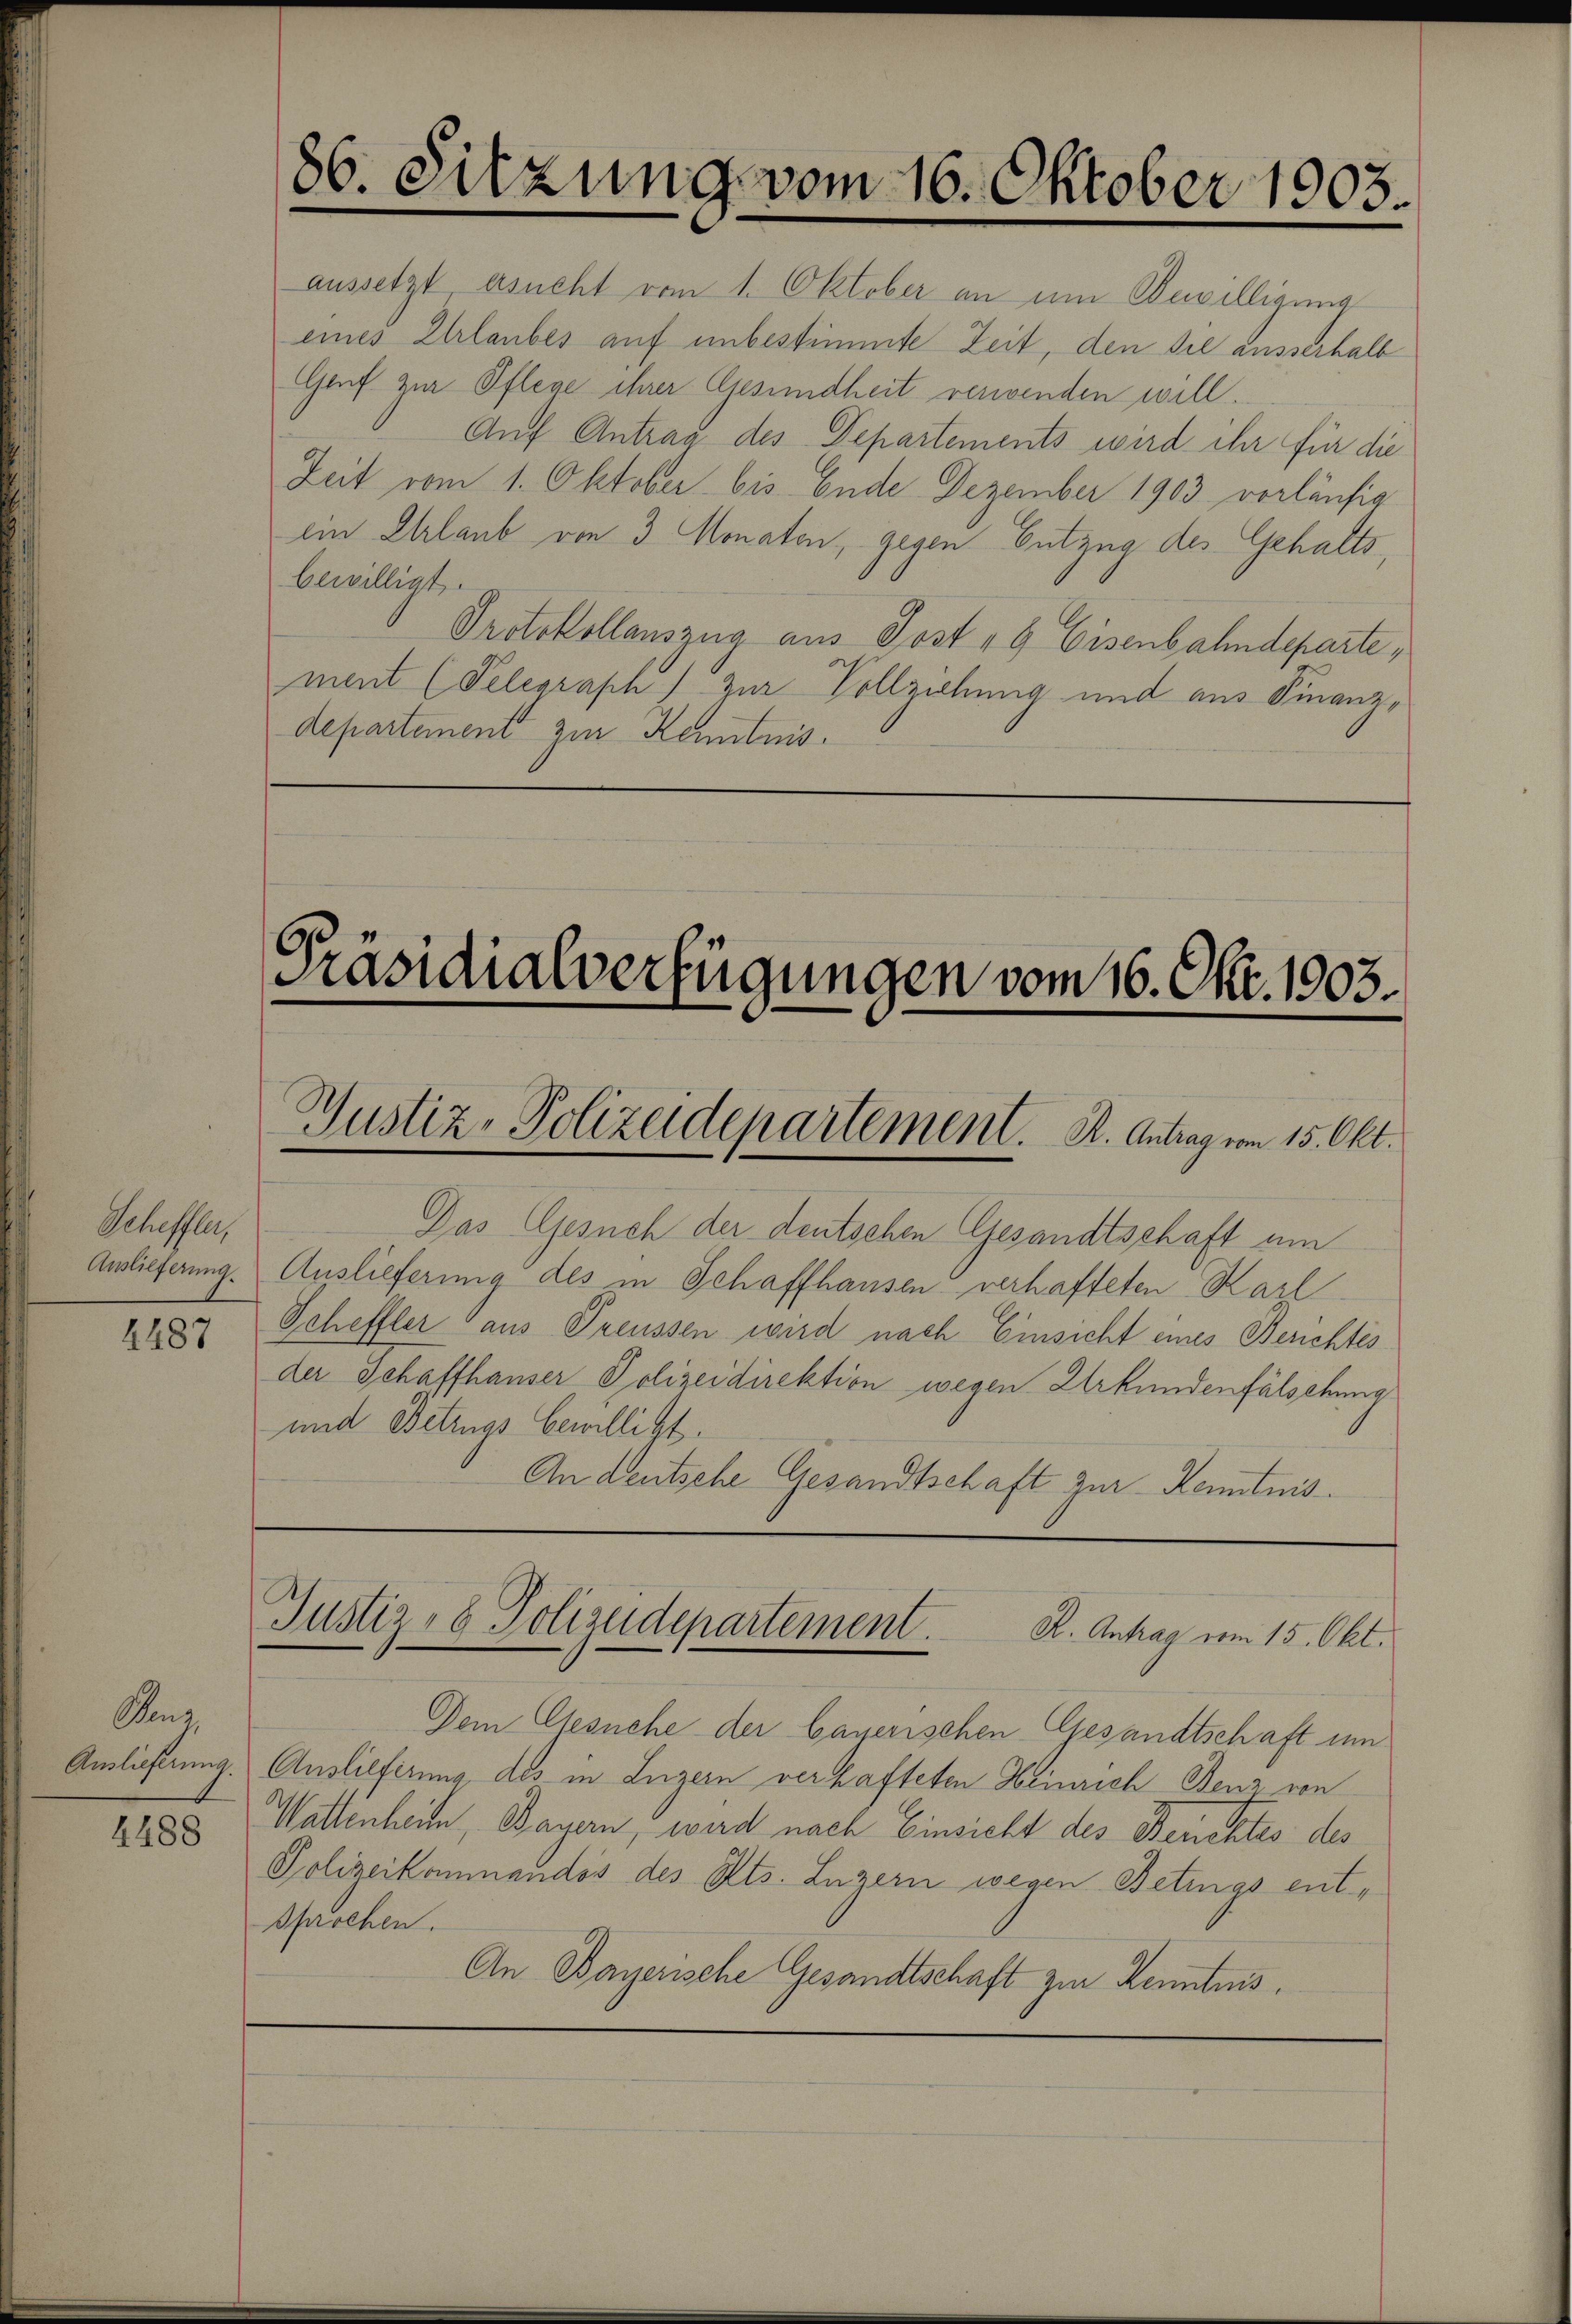
Scheffler,
Auslieferung
2487

Penz
Auslieferung.
4488

86. Sitzung vom 16. Oktober 1905.

aussetzt ersucht vom 1. Oktober an um Bewilligung
eines Urlaubes auf unbestimmte Zeit, den die ausserhalb
Genf zur Pflege ihrer Gesundheit verwenden will.
Auf Antrag des Departements wird ihr für die
Zeit vom 1. Oktober bis Ende Dezember 1903 vorläufig
ein Erlaub von 3 Monaten, gegen Entzug des Gehalts,
bewilligt.
Protokollauszug aus Post 19 Eisenbahndeparte,
ment (Telegraph) zur Vollziehung und aus Finanzdepartement zur Kenntnis.

Präsidialverfügungen vom 16. Okt. 1903.
Gustiz-Polizeidepartement. R. Antrag vom 15. Okt.

Das Gesuch der deutschen Gesandtschaft am
Auslieferung des in Schaffhausen verhafteten Karl
Scheffler aus Preussen wird nach Einsicht eines Berichtes
der Schaffhauser Polizeidirektion wegen Urkundenfälschung
und Betrugs bewilligt.
An Deutsche Gesandtschaft zur Kenntnis.

Dem Gesuche der bauerischen Gesandtschaft um
Auslieferung des in Luzern verhafteten Heinrich Benz von
Wattenheim, Bayern, wird nach Einsicht des Berichtes des
Polizeikommandos des Kts. Luzern wegen Betings entsprochen.
An Bayerische Gesandtschaft zur Kenntnis.

Justiz- & Polizeidepartement. K. Antrag vom 15. Okt.